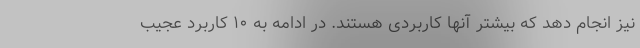
نیز انجام دهد که بیشتر آنها کاربردی هستند. در ادامه به ۱۰ کاربرد عجیب